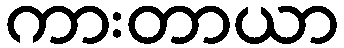
ကားတာယာ